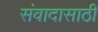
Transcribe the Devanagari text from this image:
संवादासाठी